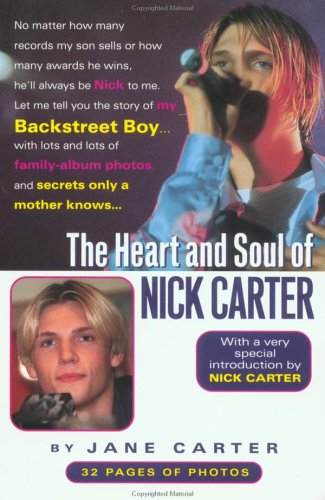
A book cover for The Heart and Soul of Nick Carter; Jane Carter; Teen & Young Adult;